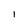
Character: l